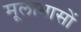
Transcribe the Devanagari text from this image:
मूलाभासों